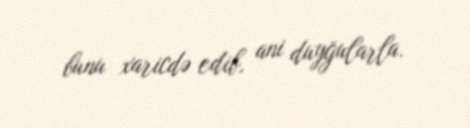
bunu xaricdə edib, ani duyğularla.